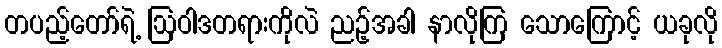
တပည့်တော်ရဲ့ ဩဝါဒတရားကိုလဲ ညဉ့်အခါ နာလိုကြ သောကြောင့် ယခုလို